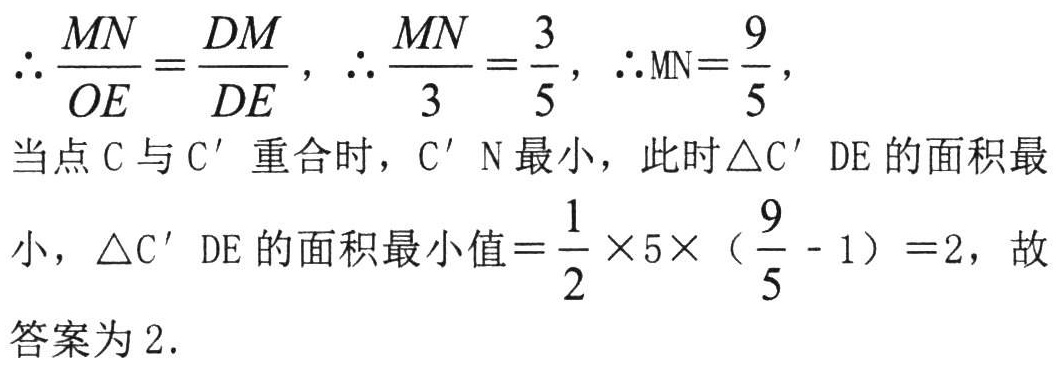
\(\therefore \frac{MN}{OE}=\frac{DM}{DE},\therefore \frac{MN}{3}=\frac{3}{5},\therefore MN = \frac{9}{5},\)

当点\(C\)与\(C'\)重合时，\(C'N\)最小，此时\(\triangle C'DE\)的面积最

小，\(\triangle C'DE\)的面积最小值\(=\frac{1}{2}\times5\times(\frac{9}{5}-1)=2\)，故

答案为\(2\).